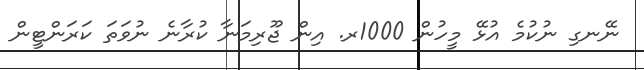
ނޭނގި ނުކުމެ އުޅޭ މީހުން 1000ރ. އިން ޖޫރިމަނާ ކުރާނެ ނުވަތަ ކަރަންޓީން